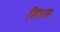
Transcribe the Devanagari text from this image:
सिंघस